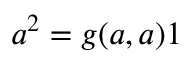
a ^ { 2 } = g ( a , a ) 1